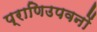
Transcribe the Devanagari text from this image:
प्राणिउपवनों